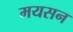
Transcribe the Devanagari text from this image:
मयसन